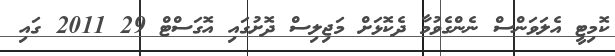
ކޮމިޓީ އެލަވަންސް ނެންގެވުމާ ދެކޮޅަށް މަޖިލިސް ދޮށުގައި އޮގަސްޓް 29 2011 ގައި